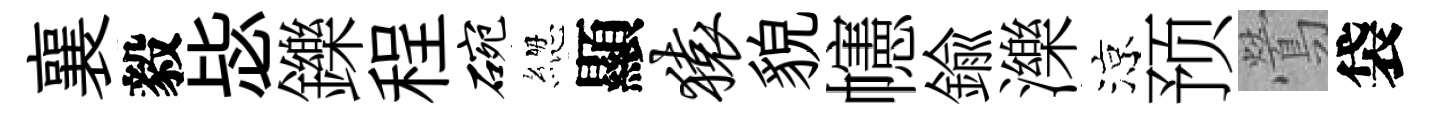
襄毅毖鑠程碗緫顯猿貌幰鍮濼涼预鶯袋